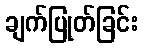
ချက်ပြုတ်ခြင်း